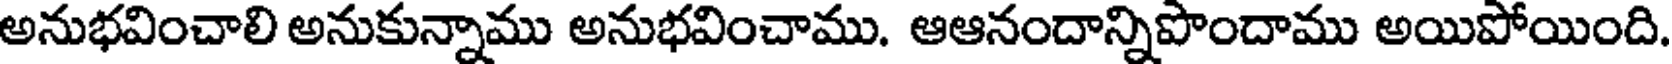
అనుభవించాలి అనుకున్నాము అనుభవించాము. ఆఆనందాన్నిపొందాము అయిపోయింది